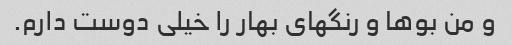
و من بوها و رنگهای بهار را خیلی دوست دارم.